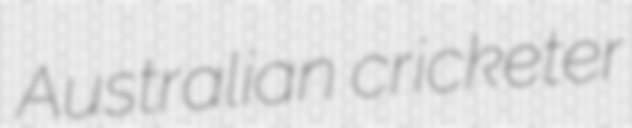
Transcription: Australian cricketer